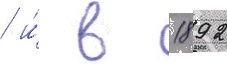
/ и́ в 1892